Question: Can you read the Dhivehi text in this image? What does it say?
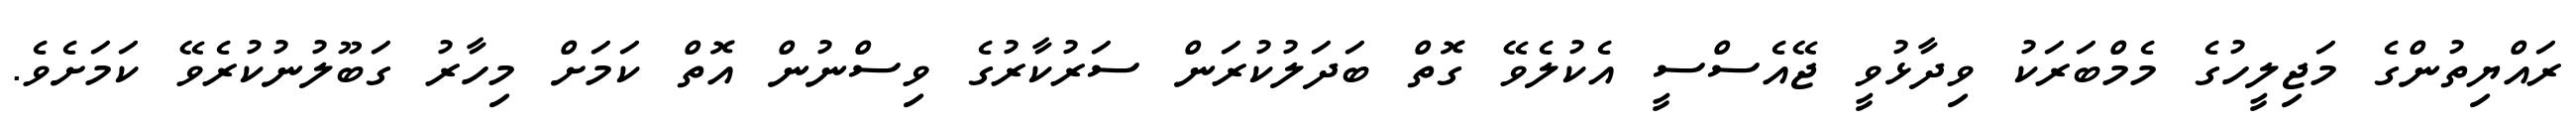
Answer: ރައްޔިތުންގެ މަޖިލީހުގެ މެމްބަރަކު ވިދާޅުވީ ޖޭއެސްސީ އެކުލެވޭ ގޮތް ބަދަލުކުރަން ސަރުކާރުގެ ވިސްނުން އޮތް ކަމަށް މިހާރު ގަބޫލުނުކުރެވޭ ކަމަށެވެ.